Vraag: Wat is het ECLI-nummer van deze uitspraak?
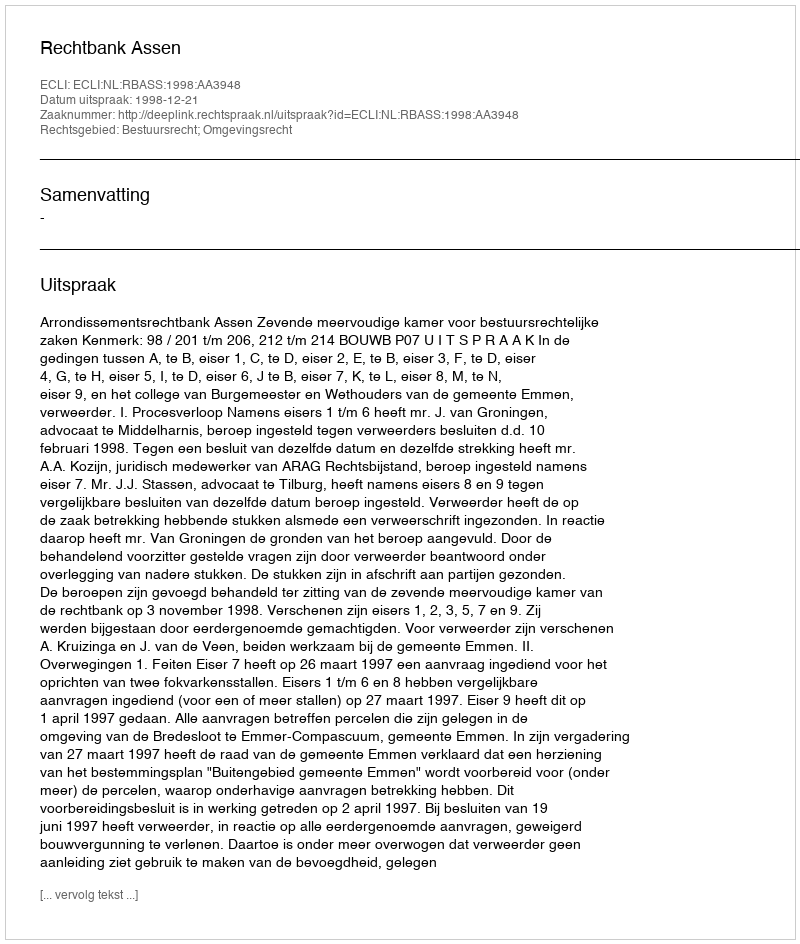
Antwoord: ECLI:NL:RBASS:1998:AA3948